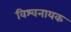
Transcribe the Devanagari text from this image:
विश्वनायक